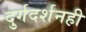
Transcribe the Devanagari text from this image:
दुर्गदर्शनही